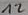
Text: 12